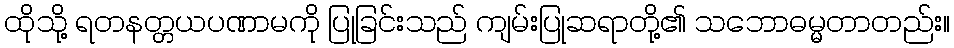
ထိုသို့ ရတနတ္တယပဏာမကို ပြုခြင်းသည် ကျမ်းပြုဆရာတို့၏ သဘောဓမ္မတာတည်း။